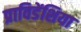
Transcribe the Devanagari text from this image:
प्राविडेंशिया